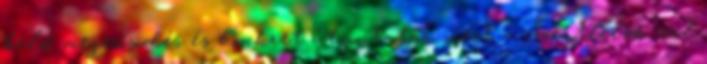
belső megerősödés és konkrét útmutatás, mert a Szentlélek szól